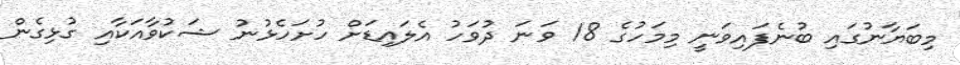
މިބަޔާނުގައި ބުނެފައިވަނީ މިމަހުގެ 18 ވަނަ ދުވަހު އެލައިޑަށް ހުށަހެޅުނު ޝަކުވާއަކާއި ގުޅިގެން